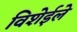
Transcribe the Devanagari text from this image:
विशेईले